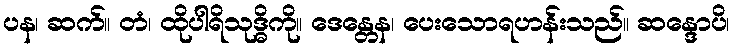
ပန၊ ဆက်။ တံ၊ ထိုပါရိသုဒ္ဓိကို။ ဒေန္တေန၊ ပေးသောရဟန်းသည်။ ဆန္ဒောပိ၊